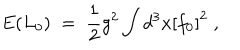
LaTeX: E ( L _ { 0 } ) \; = \; \frac { 1 } { 2 } g ^ { 2 } \int d ^ { 3 } x { [ f _ { 0 } ] } ^ { 2 } \; ,